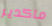
ماكدير